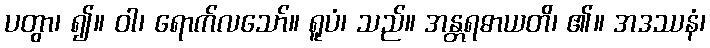
ပတွာ၊ ၍။ ဝါ၊ ရောက်လသော်။ ရူပံ၊ သည်။ အန္တရဓာယတိ၊ ၏။ အဒဿနံ၊